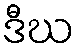
ဒီဃ